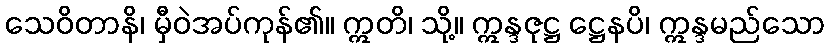
သေဝိတာနိ၊ မှီဝဲအပ်ကုန်၏။ ဣတိ၊ သို့။ ဣန္ဒဇုဋ္ဌ ဋ္ဌေနပိ၊ ဣန္ဒမည်သော